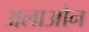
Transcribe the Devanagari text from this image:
अलाओन